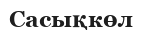
Сасықкөл